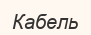
Кабель